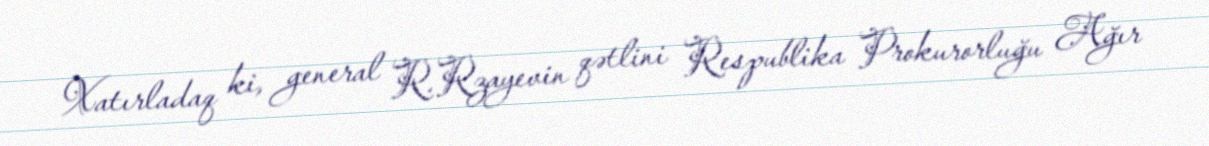
Xatırladaq ki, general R.Rzayevin qətlini Respublika Prokurorluğu Ağır